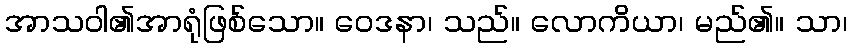
အာသဝါ၏အာရုံဖြစ်သော။ ဝေဒနာ၊ သည်။ လောကိယာ၊ မည်၏။ သာ၊